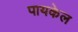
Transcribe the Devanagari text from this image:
पायकेल